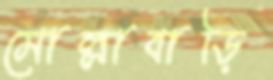
মোল্লাবাড়ি